Trukikaitis_Postimees, lk 61
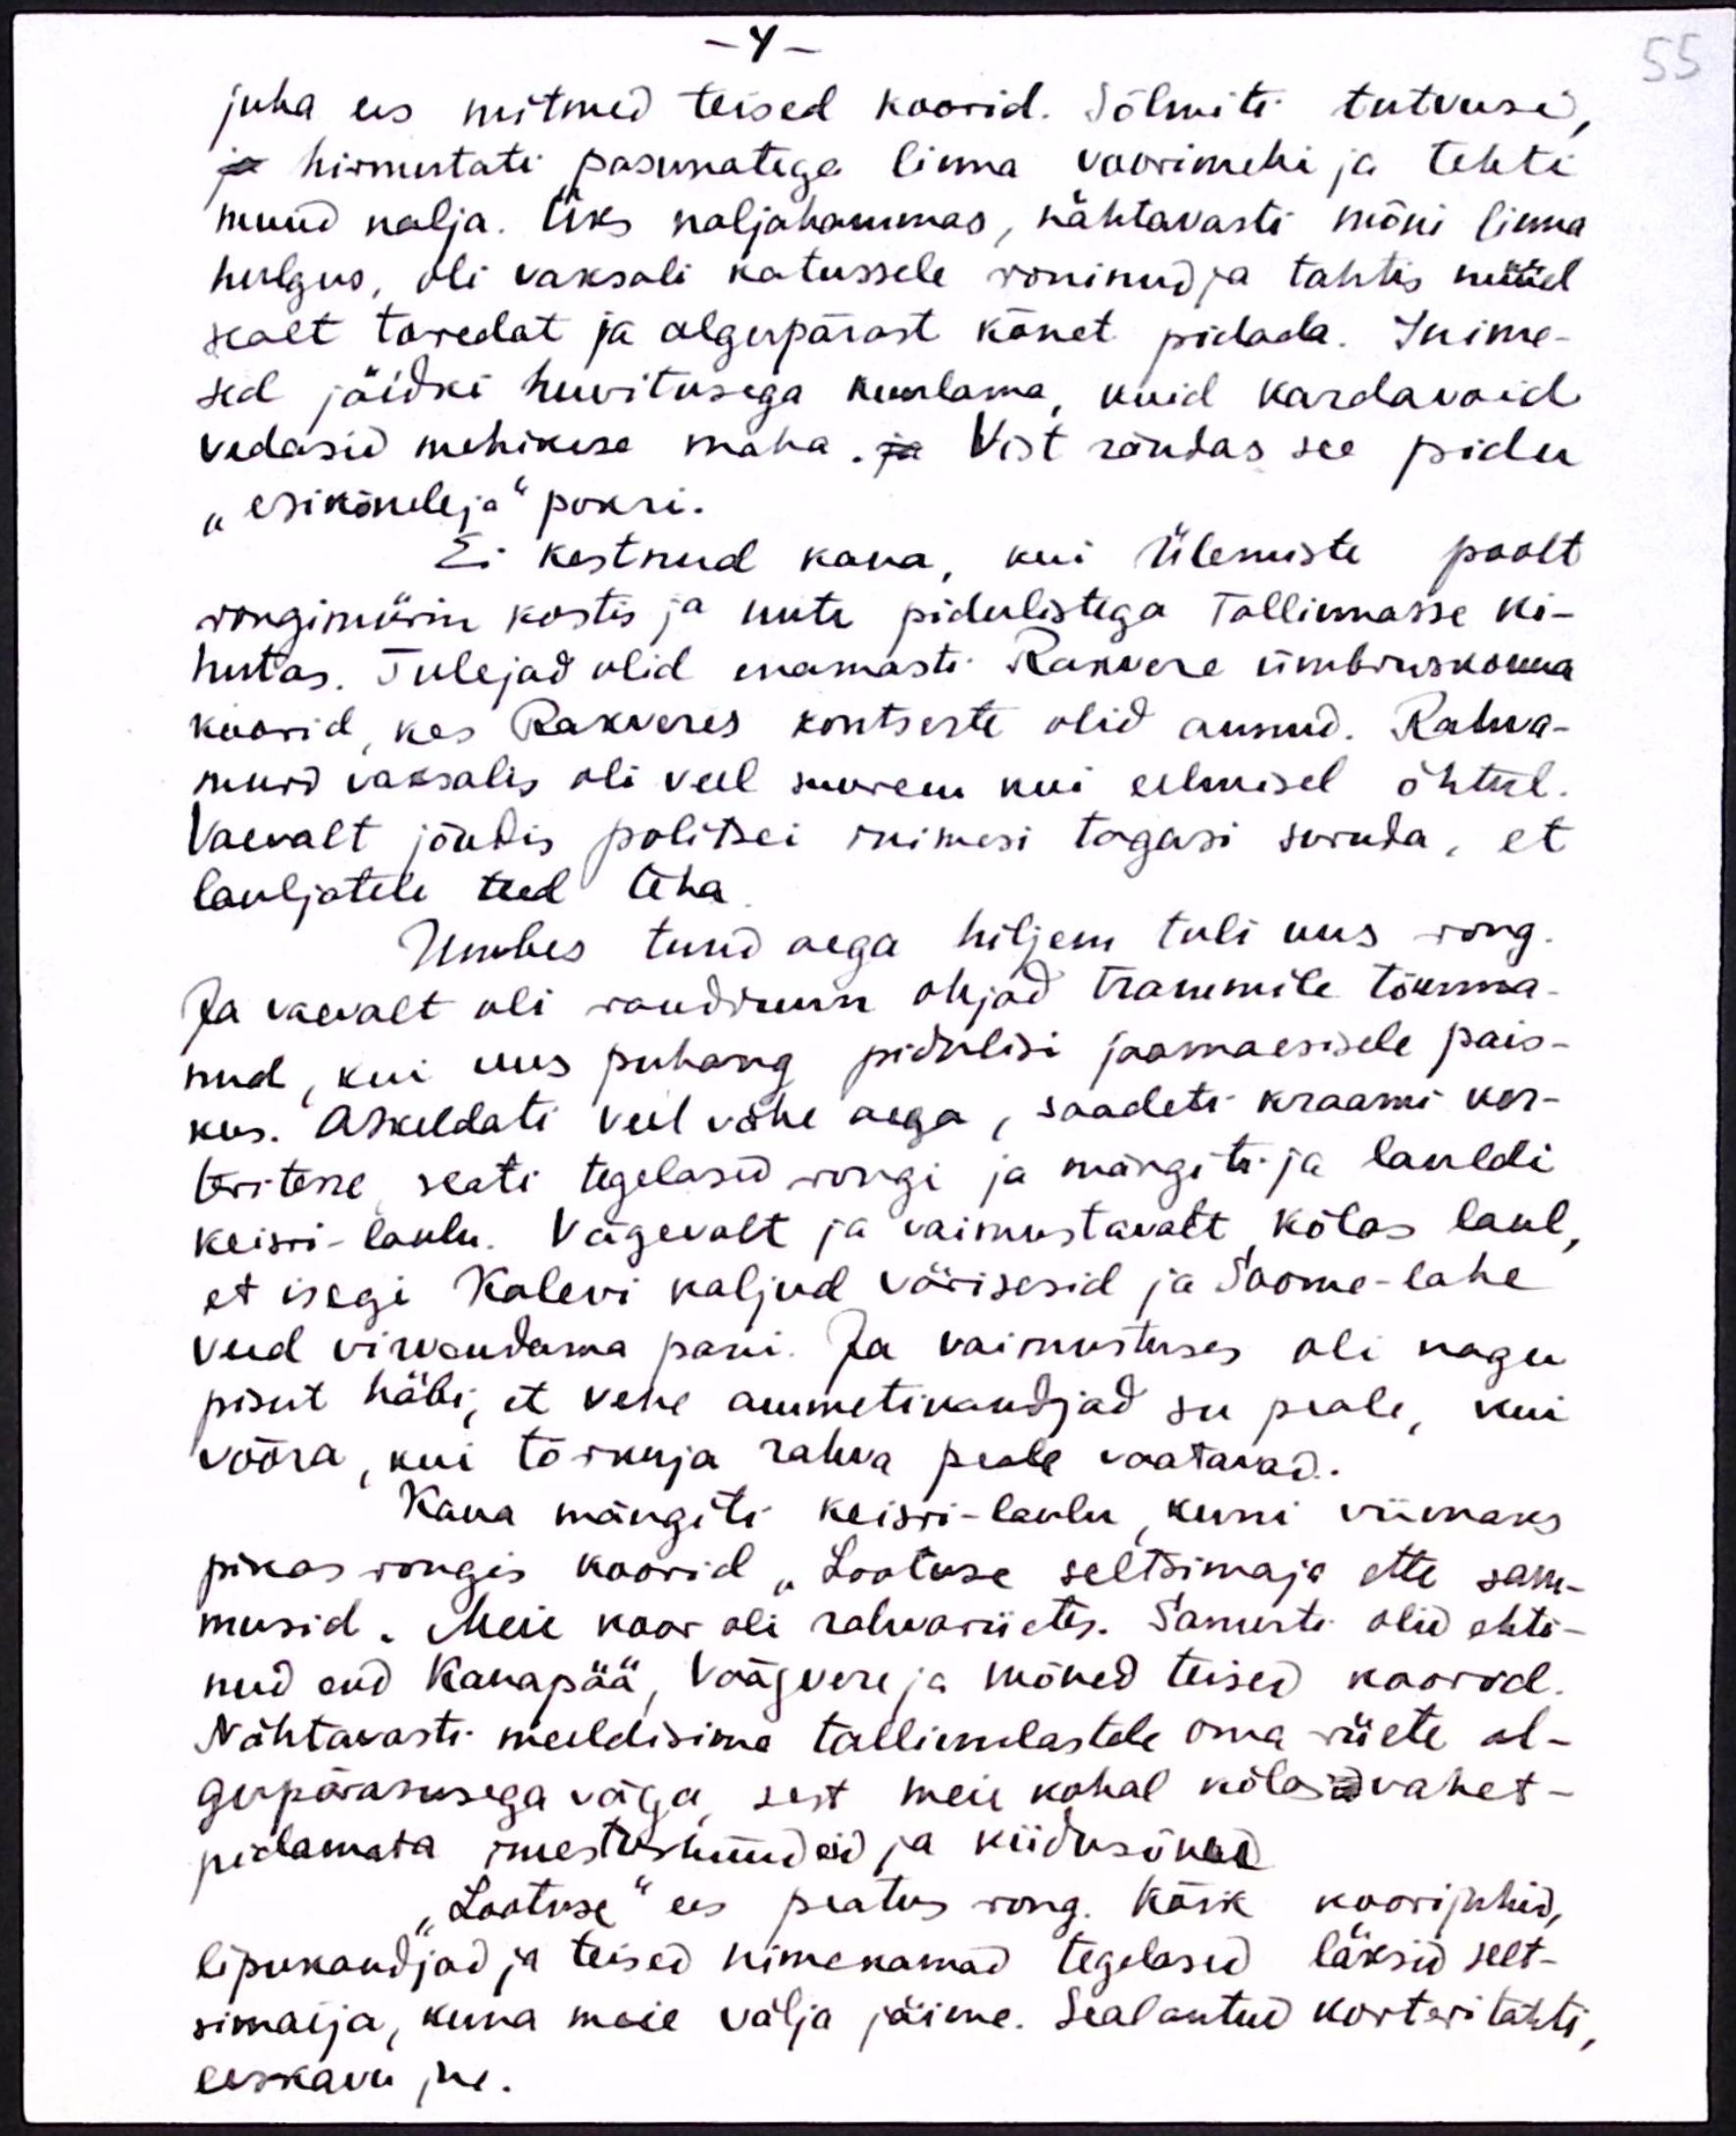
55

- 4 -
juba ees mitmed teised koorid. Sõlmiti tutvusi,
ja hirmutati pasunatega linna voorimehi ja tehti
muud nalja. Üks naljahammas, nähtavasti mõni linna
hulgus, oli vaksali katussele roninud ja tahtis nüüd
sealt toredat ja algupärast kõnet pidada. Inime-
sed jäidki huvitusega kuulama, kuid kardavoid
vedasid mehikese maha. ja Vist rändas see pidu
"esikõneleja" pokri.
Ei kestnud kaua, kui Ülemiste poolt
rongimürin kostis ja uute pidulistega Tallinnasse ki-
hutas. Tulejad olid enamasti Rakvere ümbruskonna
koorid, kes Rakveres kontserti olid annud. Rahva-
murd vaksalis oli veel suurem kui eelmisel õhtul.
Vaevalt jõudis politsei inimesi tagasi suruda, et
lauljatele teed teha
Umbes tund aega hiljem tuli uus rong.
Ja vaevalt oli raudruun ohjad trammile tõmma-
nud kui uus puhang pidulisi jaamaesisele pais-
kus. Askeldati veel vähe aega, saadeti kraami kor-
teritesse seati tegelased rongi ja mängiti ja lauldi
keisri-laulu. Vägevalt ja vaimustavalt kõlas laul,
et isegi Kalevi kaljud värisesid ja Soome-lahe
veed virvendama pani. Ja vaimustuses oli nagu
pisut häbi, et vene ammetikandjad su peale, kui
võõra, kui tõrkuja rahva peale vaatavad.
Kaua mängiti keisri-laulu, kuni viimaks
pikas rongis koorid "Lootuse seltsimaja ette sam-
musid. Meie koor oli rahvariietes. Samuti olid ehti-
nud end Kanapää, Väägvere ja mõned teised koorid.
Nähtavasti meeldisime tallinlastele oma riiete al-
gupärasusega väga sest meie kohal kõlasid vahet-
pidamata imestushüüdeid ja kiidusõnad
"Lootuse" ees peatus rong. Kõik koorijuhid,
lipukandjad ja teised nimekamad tegelased läksid selt-
simaija, kuna meie välja jäime. Seal antud korteri tähti,
eeskavu jne.